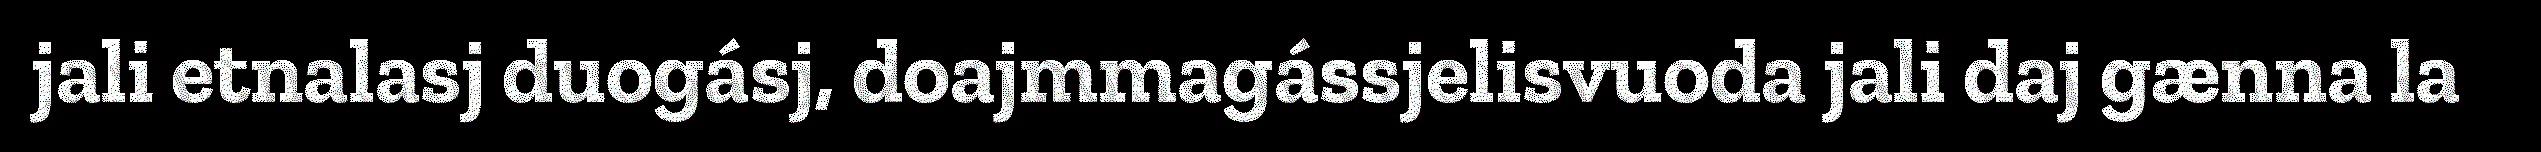
jali etnalasj duogásj, doajmmagássjelisvuoda jali daj gænna la